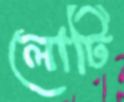
লোটি